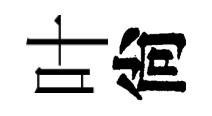
叶尙